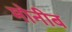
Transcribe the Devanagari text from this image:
मोनीब